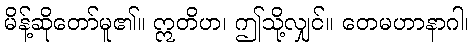
မိန့်ဆိုတော်မူ၏။ ဣတိဟ၊ ဤသို့လျှင်။ တေမဟာနာဂါ၊